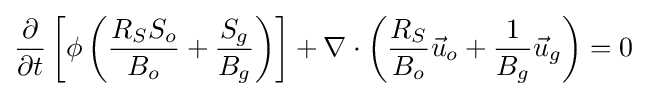
{\frac {\partial }{\partial t}}\left[\phi \left({\frac {R_{S}S_{o}}{B_{o}}}+{\frac {S_{g}}{B_{g}}}\right)\right]+\nabla \cdot \left({\frac {R_{S}}{B_{o}}}{\vec {u}}_{o}+{\frac {1}{B_{g}}}{\vec {u}}_{g}\right)=0